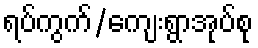
ရပ်ကွက်/ကျေးရွာအုပ်စု